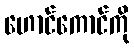
ဟောင်ကောင်ကို